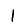
Digit: 1